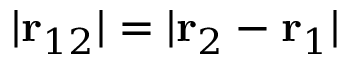
| \mathbf { r } _ { 1 2 } | = | \mathbf { r } _ { 2 } - \mathbf { r } _ { 1 } | \,